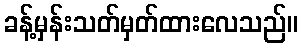
ခန့်မှန်းသတ်မှတ်ထားလေသည်။